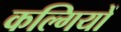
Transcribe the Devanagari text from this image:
कल्गियों